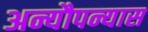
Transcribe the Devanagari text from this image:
अन्यौपन्यास